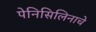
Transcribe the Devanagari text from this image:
पेनिसिलिनाचे